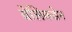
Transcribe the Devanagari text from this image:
वेलिकडेन